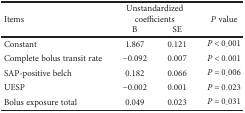
| <ROWSPAN=2> Items | <COLSPAN=2> Unstandardized coefficients | <ROWSPAN=2> P value |
 | B | SE |
 | --- | --- | --- | --- |
 | Constant | 1.867 | 0.121 | P < 0.001 |
 | Complete bolus transit rate | −0.092 | 0.007 | P < 0.001 |
 | SAP-positive belch | 0.182 | 0.066 | P = 0.006 |
 | UESP | −0.002 | 0.001 | P = 0.023 |
 | Bolus exposure total | 0.049 | 0.023 | P = 0.031 |